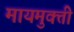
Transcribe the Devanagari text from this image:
मायमुक्ती